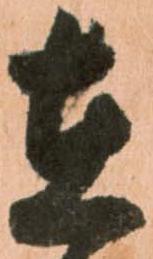
在